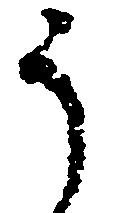
う